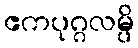
ဧကပုဂ္ဂလမ္ပိ